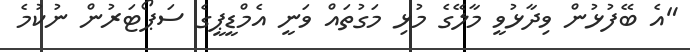
"އެ ބޭފުޅުން ވިދާޅުވީ މާލޭގެ މުޅި މަގުތައް ވަނީ އެމްޑީޕީގެ ސަޕޯޓަރުން ނުކުމެ